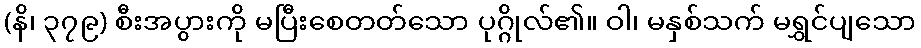
(နိ၊ ၃၇၉) စီးအပွားကို မပြီးစေတတ်သော ပုဂ္ဂိုလ်၏။ ဝါ၊ မနှစ်သက် မရွှင်ပျသော